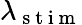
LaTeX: \lambda_{\mathrm{~s~t~i~m~}}